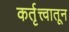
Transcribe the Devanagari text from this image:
कर्तृत्त्वातून